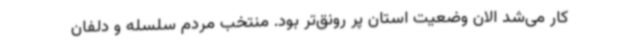
کار می‌شد الان وضعیت استان پر رونق‌تر بود. منتخب مردم سلسله و دلفان